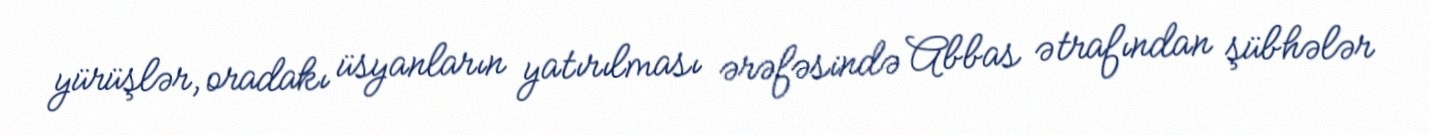
yürüşlər, oradakı üsyanların yatırılması ərəfəsində Abbas ətrafından şübhələr